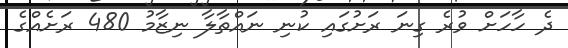
ދެ ހާހަށް ވުރެ ގިނަ ރަށުގައި ކުނި ނައްތާލާ ނިޒާމު 480 ރަށެއްގެ